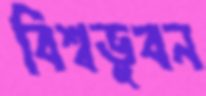
বিশ্বভুবন